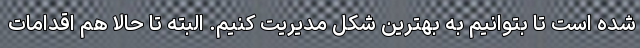
شده است تا بتوانیم به بهترین شکل مدیریت کنیم. البته تا حالا هم اقدامات